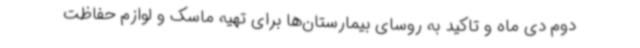
دوم دی ماه و تاکید به روسای بیمارستان‌ها برای تهیه ماسک و لوازم حفاظت